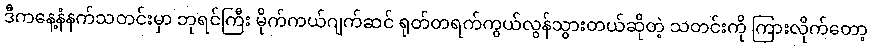
ဒီကနေ့နံနက်သတင်းမှာ ဘုရင်ကြီး မိုက်ကယ်ဂျက်ဆင် ရုတ်တရက်ကွယ်လွန်သွားတယ်ဆိုတဲ့ သတင်းကို ကြားလိုက်တော့